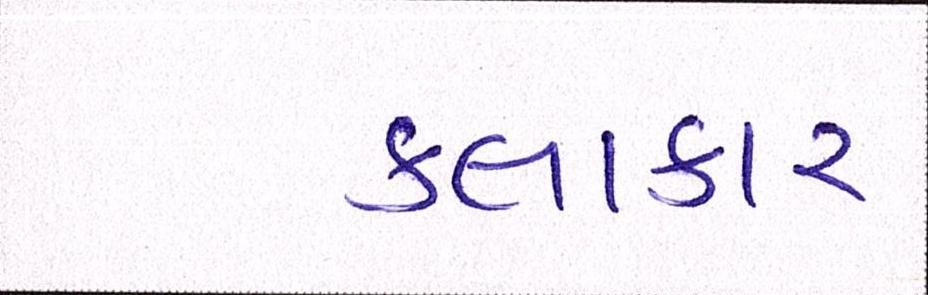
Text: કલાકાર